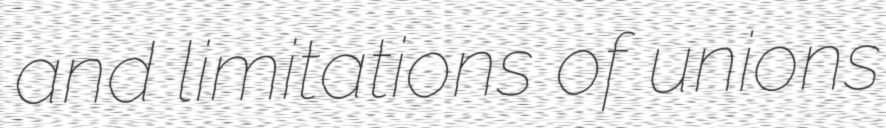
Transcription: and limitations of unions